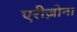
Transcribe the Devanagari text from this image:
एरीज़ोना